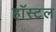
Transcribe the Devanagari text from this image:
हाॅस्टल